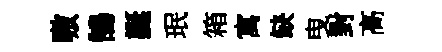
嗷鵠誕珉箱寓缺曳對高